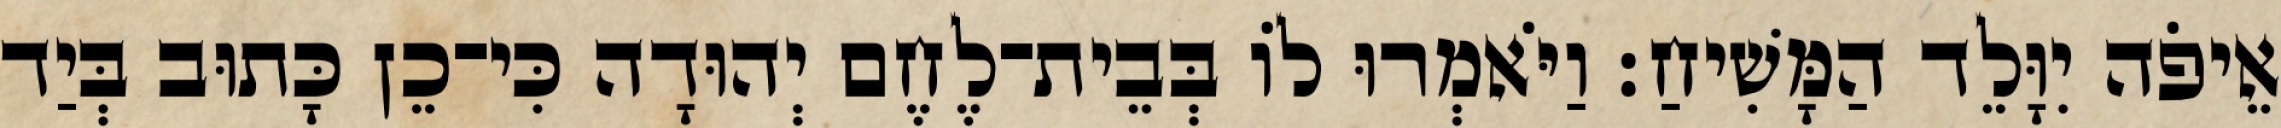
אֵיפֹה יִוָּלֵד הַמָּשִׁיחַ׃ וַיֹּאמְרוּ לוֹ בְּבֵית־לֶחֶם יְהוּדָה כִּי־כֵן כָּתוּב בְּיַד